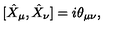
[ \hat { X } _ { \mu } , \hat { X } _ { \nu } ] = i \theta _ { \mu \nu } ,